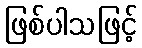
ဖြစ်ပါသဖြင့်